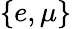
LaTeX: \{ e,\mu\}